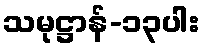
သမုဋ္ဌာန်-၁၃ပါး